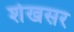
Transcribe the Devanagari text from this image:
शेखसर